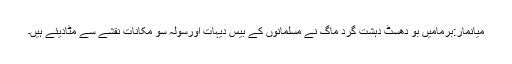
میانمار:برمامیں بو دھسٹ دہشت گرد ماگ نے مسلمانوں کے بیس دیہات اورسولہ سو مکانات نقشے سے مٹادیئے ہیں۔